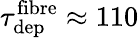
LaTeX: \tau_{\mathrm{dep}}^{\mathrm{fibre}}\approx 110